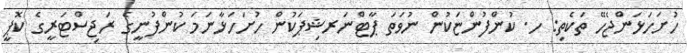
ހުށަހަޅަންޖެހޭ ތަކެތި: ހ. ކުންފުންޏަކުން ނުވަތަ ޕާޓްނަރޝިޕަކުން ހުށަހަޅާނަމަ ކުންފުނީގެ ރަޖިސްޓަރީގެ ކޮޕީ